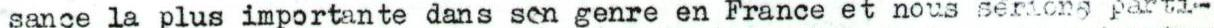
sance la plus importante dans sen genre en France et nous seriong parti.-